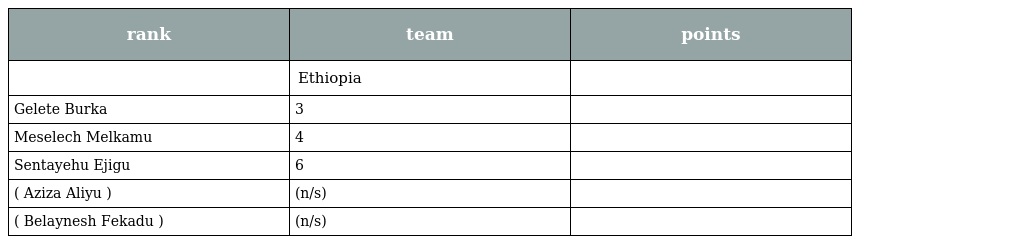
| rank | team | points |
 | --- | --- | --- |
 |  | Ethiopia |  |
 | Gelete Burka | 3 |  |
 | Meselech Melkamu | 4 |  |
 | Sentayehu Ejigu | 6 |  |
 | ( Aziza Aliyu ) | (n/s) |  |
 | ( Belaynesh Fekadu ) | (n/s) |  |